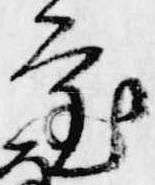
審